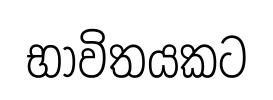
භාවිතයකට